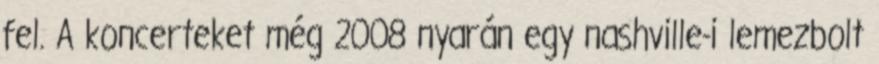
fel. A koncerteket még 2008 nyarán egy nashville-i lemezbolt